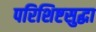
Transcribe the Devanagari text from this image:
परिशिष्टसुद्धा